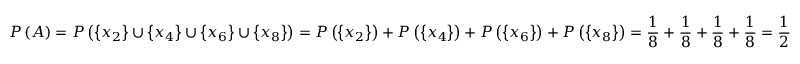
P \left( A \right) = P \left( \left\{ x _ { 2 } \right\} \cup \left\{ x _ { 4 } \right\} \cup \left\{ x _ { 6 } \right\} \cup \left\{ x _ { 8 } \right\} \right) = P \left( \left\{ x _ { 2 } \right\} \right) + P \left( \left\{ x _ { 4 } \right\} \right) + P \left( \left\{ x _ { 6 } \right\} \right) + P \left( \left\{ x _ { 8 } \right\} \right) = \frac { 1 } { 8 } + \frac { 1 } { 8 } + \frac { 1 } { 8 } + \frac { 1 } { 8 } = \frac { 1 } { 2 }